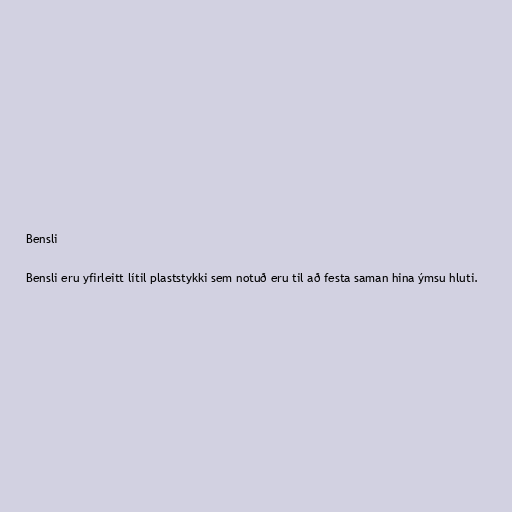
Bensli

Bensli eru yfirleitt lítil plaststykki sem notuð eru til að festa saman hina ýmsu hluti.